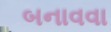
બનાવવા